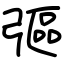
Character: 彄